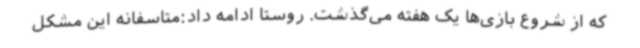
که از شروع بازی‌ها یک هفته می‌گذشت. روستا ادامه داد:متاسفانه این مشکل